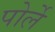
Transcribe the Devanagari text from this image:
पोर्ले